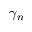
\gamma _ { n }